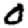
Digit: 0